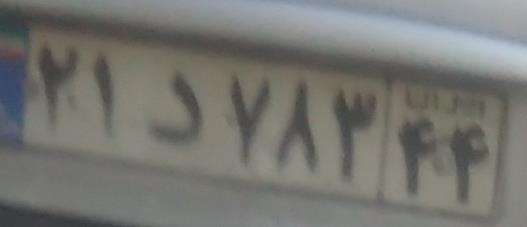
۲۱د۷۸۳۴۴